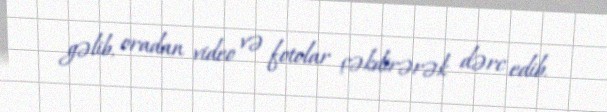
gəlib, oradan video və fotolar çəkdirərək dərc edib.